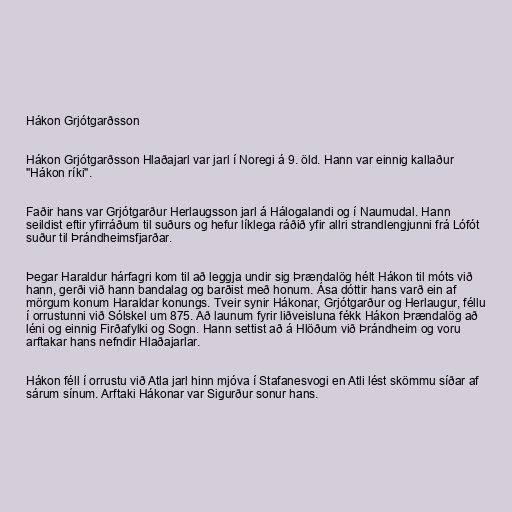
Hákon Grjótgarðsson

Hákon Grjótgarðsson Hlaðajarl var jarl í Noregi á 9. öld. Hann var einnig kallaður
"Hákon ríki".

Faðir hans var Grjótgarður Herlaugsson jarl á Hálogalandi og í Naumudal. Hann
seildist eftir yfirráðum til suðurs og hefur líklega ráðið yfir allri strandlengjunni frá Lófót
suður til Þrándheimsfjarðar.

Þegar Haraldur hárfagri kom til að leggja undir sig Þrændalög hélt Hákon til móts við
hann, gerði við hann bandalag og barðist með honum. Ása dóttir hans varð ein af
mörgum konum Haraldar konungs. Tveir synir Hákonar, Grjótgarður og Herlaugur, féllu
í orrustunni við Sólskel um 875. Að launum fyrir liðveisluna fékk Hákon Þrændalög að
léni og einnig Firðafylki og Sogn. Hann settist að á Hlöðum við Þrándheim og voru
arftakar hans nefndir Hlaðajarlar.

Hákon féll í orrustu við Atla jarl hinn mjóva í Stafanesvogi en Atli lést skömmu síðar af
sárum sínum. Arftaki Hákonar var Sigurður sonur hans.